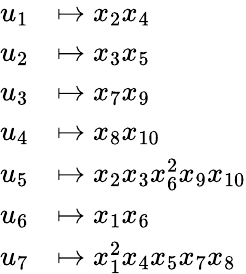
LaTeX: \begin{array}{rl}{u_{1}}&{\mapsto x_{2}x_{4}}\\ {u_{2}}&{\mapsto x_{3}x_{5}}\\ {u_{3}}&{\mapsto x_{7}x_{9}}\\ {u_{4}}&{\mapsto x_{8}x_{10}}\\ {u_{5}}&{\mapsto x_{2}x_{3}x_{6}^{2}x_{9}x_{10}}\\ {u_{6}}&{\mapsto x_{1}x_{6}}\\ {u_{7}}&{\mapsto x_{1}^{2}x_{4}x_{5}x_{7}x_{8}}\end{array}